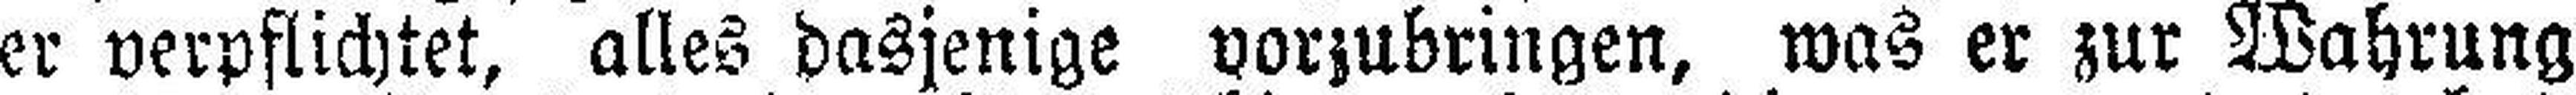
er verpflichtet, alles dasjenige vorzubringen, was er zur Wahrung